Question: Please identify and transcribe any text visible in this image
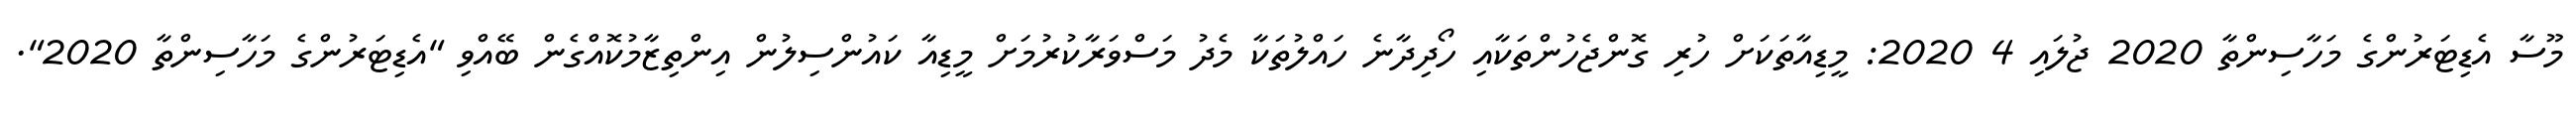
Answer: މޫސާ އެޑިޓަރުންގެ މަހާސިންތާ 2020 ޖުލައި 4 2020: މީޑިއާތަކަށް ހުރި ގޮންޖެހުންތަކާއި ހޯދިދާނެ ހައްލުތަކާ މެދު މަސްވަރާކުރުމަށް މީޑިއާ ކައުންސިލުން އިންތިޒާމުކޮއްގެން ބޭއްވި "އެޑިޓަރުންގެ މަހާސިންތާ 2020".